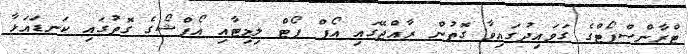
ޓްރާންސްޕޯޓްގެ ގަވައިދުގައިވާ ގޮތުން ރާއްޖޭގައި އޯފް ޕޯޓް ލިމިޓާއި އޯފްޝޯގެ ގޮތުގައި ކަނޑައަޅާ